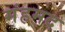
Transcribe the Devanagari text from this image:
मंहमद